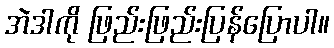
အဲဒါကို ဖြည်းဖြည်းပြန်ပြောပါ။